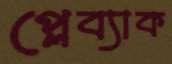
প্লেব্যাক